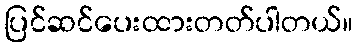
ပြင်ဆင်ပေးထားတတ်ပါတယ်။